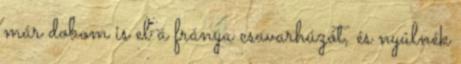
már dobom is el a fránya csavarhúzót, és nyúlnék